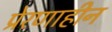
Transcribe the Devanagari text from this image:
प्रेरणाहीन